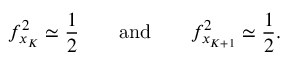
f _ { x _ { K } } ^ { 2 } \simeq \frac { 1 } { 2 } \qquad \mathrm { a n d } \qquad f _ { x _ { K + 1 } } ^ { 2 } \simeq \frac { 1 } { 2 } .